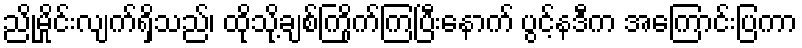
ညိုမှိုင်းလျက်ရှိသည်၊ ထိုသို့ချစ်ကြိုက်ကြပြီးနောက် ပွင့်နဒီက အကြောင်းပြကာ